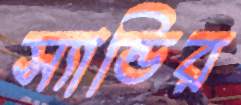
স্যান্ডির